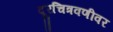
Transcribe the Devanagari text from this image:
दूरचित्रवणीवर